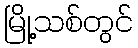
မြို့သစ်တွင်